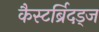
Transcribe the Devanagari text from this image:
कैस्टर्ब्रिदड्ज